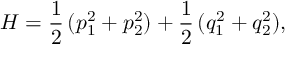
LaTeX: H = \frac { 1 } { 2 } \, ( p _ { 1 } ^ { 2 } + p _ { 2 } ^ { 2 } ) + \frac { 1 } { 2 } \, ( q _ { 1 } ^ { 2 } + q _ { 2 } ^ { 2 } ) ,